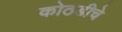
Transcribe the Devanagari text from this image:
कोठडीचे